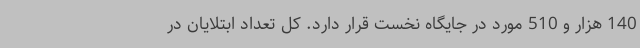
140 هزار و 510 مورد در جایگاه نخست قرار دارد. کل تعداد ابتلایان در